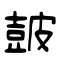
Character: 皷